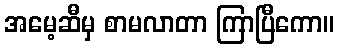
အမေ့ဆီမှ စာမလာတာ ကြာပြီကော။